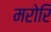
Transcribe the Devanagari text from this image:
मरोरि